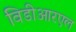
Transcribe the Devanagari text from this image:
विडीआरएल